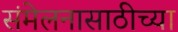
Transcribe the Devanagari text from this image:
संमेलनासाठीच्या